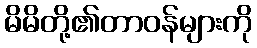
မိမိတို့၏တာဝန်များကို